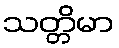
သတ္တိမာ